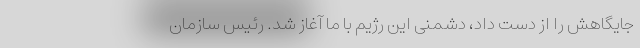
جایگاهش را از دست داد، دشمنی این رژیم با ما آغاز شد. رئیس سازمان